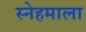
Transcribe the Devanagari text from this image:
स्नेहमाला